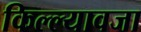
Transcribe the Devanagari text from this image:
किल्ल्यावजा